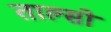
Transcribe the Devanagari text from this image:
ताल्सो